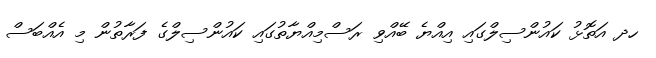
ހދ އަތޮޅު ކައުންސިލްގައި އިއްޔެ ބޭއްވި ރަސްމިއްޔާތުގައި ކައުންސިލްގެ ފަރާތުން މި އެއްބަސް